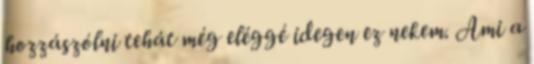
hozzászólni tehát még eléggé idegen ez nekem. Ami a